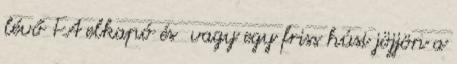
lévő FA elkapó és vagy egy friss húsi jöjjön a